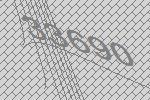
33690